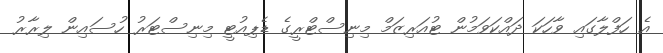
އެ ހަފްލާގައި ވާހަކަ ދައްކަވަމުން ޓުއަރިޒަމް މިނިސްޓްރީގެ ޑެޕިއުޓީ މިނިސްޓަރު ހުސައިން ލިރާރު